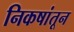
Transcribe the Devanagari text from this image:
निकषांतून